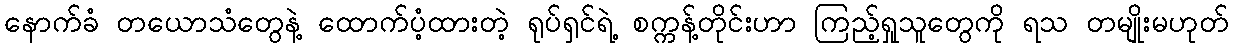
နောက်ခံ တယောသံတွေနဲ့ ထောက်ပံ့ထားတဲ့ ရုပ်ရှင်ရဲ့ စက္ကန့်တိုင်းဟာ ကြည့်ရှုသူတွေကို ရသ တမျိုးမဟုတ်